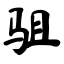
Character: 驵